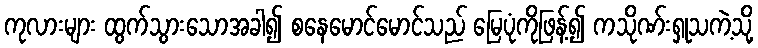
ကုလားများ ထွက်သွားသောအခါ၍ စနေမောင်မောင်သည် မြေပုံကိုဖြန့်၍ ကသိုဏ်းရှုသကဲ့သို့